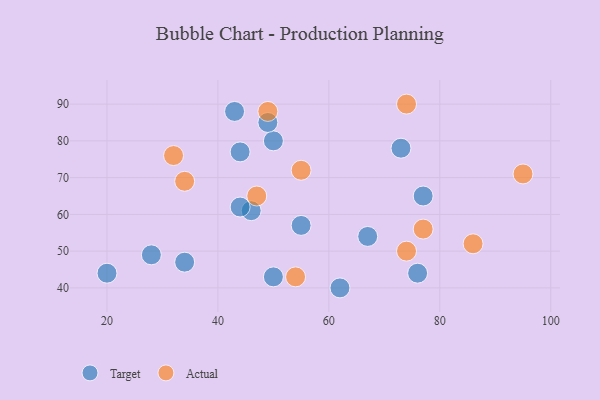
{"axis": {"x": "GDP", "y": "Life Expectancy"}, "legend": ["Actual", "Target"], "data": [{"x": "34", "y": 47, "type": "Target"}, {"x": "50", "y": 80, "type": "Target"}, {"x": "20", "y": 44, "type": "Target"}, {"x": "43", "y": 88, "type": "Target"}, {"x": "67", "y": 54, "type": "Target"}, {"x": "46", "y": 61, "type": "Target"}, {"x": "76", "y": 44, "type": "Target"}, {"x": "28", "y": 49, "type": "Target"}, {"x": "62", "y": 40, "type": "Target"}, {"x": "50", "y": 43, "type": "Target"}, {"x": "44", "y": 62, "type": "Target"}, {"x": "55", "y": 57, "type": "Target"}, {"x": "73", "y": 78, "type": "Target"}, {"x": "49", "y": 85, "type": "Target"}, {"x": "77", "y": 65, "type": "Target"}, {"x": "44", "y": 77, "type": "Target"}, {"x": "77", "y": 56, "type": "Actual"}, {"x": "54", "y": 43, "type": "Actual"}, {"x": "55", "y": 72, "type": "Actual"}, {"x": "95", "y": 71, "type": "Actual"}, {"x": "74", "y": 50, "type": "Actual"}, {"x": "34", "y": 69, "type": "Actual"}, {"x": "47", "y": 65, "type": "Actual"}, {"x": "49", "y": 88, "type": "Actual"}, {"x": "32", "y": 76, "type": "Actual"}, {"x": "74", "y": 90, "type": "Actual"}, {"x": "86", "y": 52, "type": "Actual"}]}